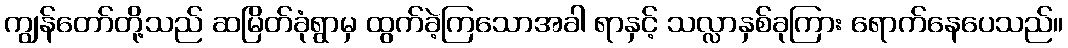
ကျွန်တော်တို့သည် ဆမြိတ်ခုံရွာမှ ထွက်ခဲ့ကြသောအခါ ရာနှင့် သလ္လာနှစ်ခုကြား ရောက်နေပေသည်။